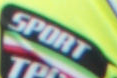
SPORT